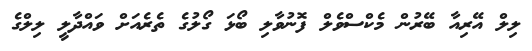
ލިލް އޭރިއާ ބޭރުން މެކްސްވެލް ފޮނުވާލި ބޯޅަ ގޯލުގެ ތެރެއަަށް ވައްދާލީ ލިލްގެ